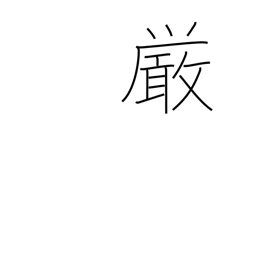
Meaning: rigidity